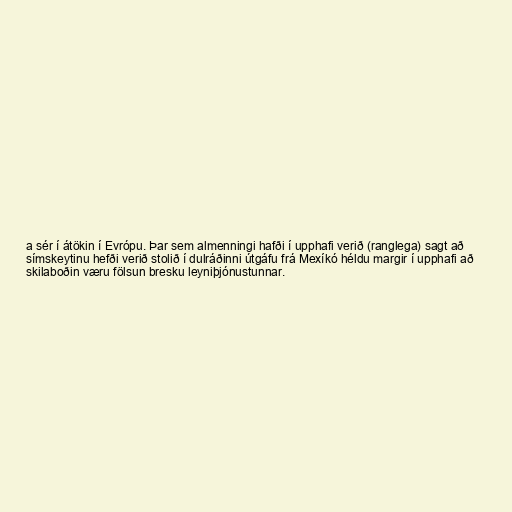
a sér í átökin í Evrópu. Þar sem almenningi hafði í upphafi verið (ranglega) sagt að
símskeytinu hefði verið stolið í dulráðinni útgáfu frá Mexíkó héldu margir í upphafi að
skilaboðin væru fölsun bresku leyniþjónustunnar.